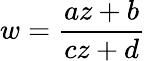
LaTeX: w={\frac{az+b}{cz+d}}